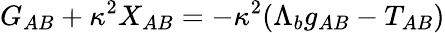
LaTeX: G_{AB}+\kappa^{2}X_{AB}=-\kappa^{2}(\Lambda_{b}g_{AB}-T_{AB})